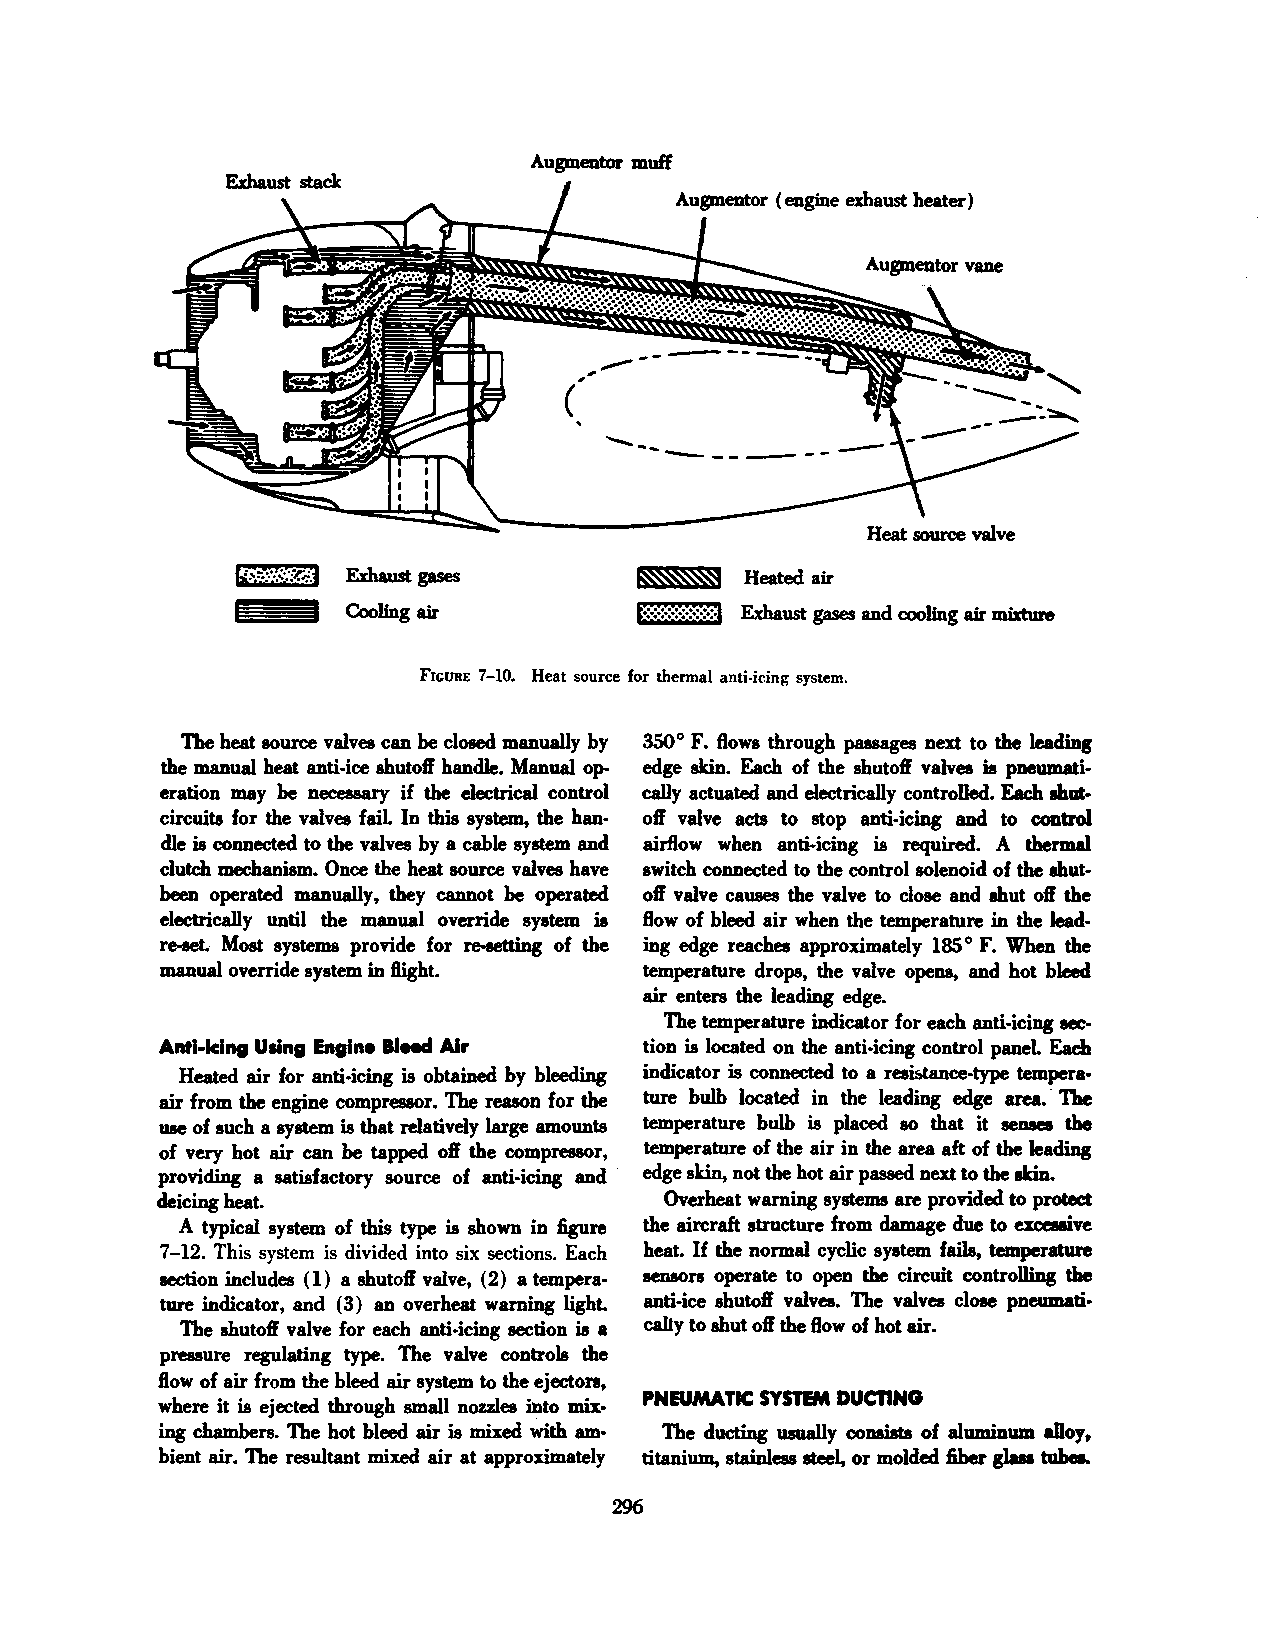
Augmentor muff
 ,,,.,.. --.---
 .__-
 (
 ------
 __
 .............. .....__
 ~      Heatedair
 Cooling air         E:!:!:!:!:!:!:!:!:!:~ Exhaust gases and cooling air mixture
 FIGURE 7-10. Heat source for thermal anti-icing system.
 The heat source valves can be closed manually by 350° F. flows through passages next to the leading
 the manual heat anti-ice shutoft handle. Manual op edge skin. Each of the shutoft valves is pneumati
 eration may be necessary if the electrical control cally actuated and electrically controlled. Each shut
 circuits for the valves fail. In this system, the han oft valve acts to stop anti-icing and to control
 dle is connected to the valves by a cable system and airflow when anti-icing is required. A thermal
 clutch mechanism. Once the heat source valves have switch connected to the control solenoid of the shut
 been operated manually, they cannot be operated oft valve causes the valve to close and shut oft the
 electrically until the manual override system is flow of bleed air when the temperature in the lead
 re-set.. Most systems provide for re-setting of the ing edge reaches approximately 185 ° F. When the
 manual override system in flight. temperature drops, the valve opens, and hot bleed
 air enters the leading edge.
 The temperature indicator for each anti-icing sec
 Anti-Icing Using Engine BIHCI Air tion is located on the anti-icing control paneL Each
 Heated air for anti-icing is obtained by bleeding indicator is connected to a resistance-type tempera·
 air from the engine compressor. The reason for the ture bulb located in the leading edge area. · The
 use of such a system is that relatively large amounts temperature bulb is placed so that it senses the
 of very hot air can be tapped oft the compressor, temperature of the air in the area aft of the leading
 providing a satisfactory source of anti-icing and · edge skin, not the hot air passed next to the akin.
 deicing heat.                    Overheat warning systems are provided to protect
 A typical system of this type is shown in figure the aircraft structure from damage due to excessive
 7-12. This system is divided into six sections. Each heat. If the normal cyclic system fails, temperature
 section includes (1) a shutoft valve, (2) a tempera sensors operate to open the circuit controlling the
 ture indicator, and (3) an overheat warning lighL anti-ice shutoft valves. The valves close pneumati
 The shutoft valve for each anti-icing section is a cally to shut oft the flow of hot air.
 pressure regulating type. The valve controls the
 flow of air from the bleed air system to the ejectors,
 PNEUMATIC SYSTEM DUcnNG
 where it is ejected through small nozzles into mix
 ing chambers. The hot bleed air is mixed with am The ducting usually consists of aluminum alloy,
 bient air. The resultant mixed air at approximately titanium, stainless steel, or molded fiber glaaa tube..
 296